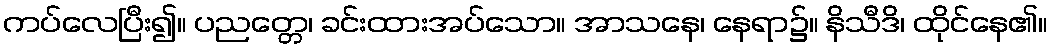
ကပ်လေပြီး၍။ ပညတ္တေ၊ ခင်းထားအပ်သော။ အာသနေ၊ နေရာ၌။ နိသီဒိ၊ ထိုင်နေ၏။